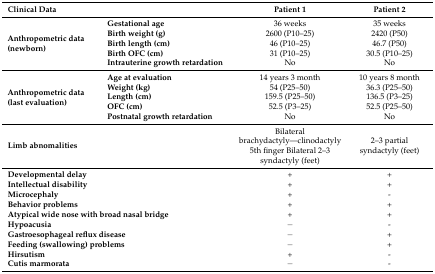
<table><thead><tr><td colspan="2"><b>Clinical Data</b></td><td><b>Patient 1</b></td><td><b>Patient 2</b></td></tr></thead><tbody><tr><td rowspan="5"><b>Anthropometric data (newborn)</b></td><td><b>Gestational age</b></td><td>36 weeks</td><td>35 weeks</td></tr><tr><td><b>Birth weight (g)</b></td><td>2600 (P10–25)</td><td>2420 (P50)</td></tr><tr><td><b>Birth length (cm)</b></td><td>46 (P10–25)</td><td>46.7 (P50)</td></tr><tr><td><b>Birth OFC (cm)</b></td><td>31 (P10–25)</td><td>30.5 (P10–25)</td></tr><tr><td><b>Intrauterine growth retardation</b></td><td>No</td><td>No</td></tr><tr><td rowspan="5"><b>Anthropometric data (last evaluation)</b></td><td><b>Age at evaluation</b></td><td>14 years 3 month</td><td>10 years 8 month</td></tr><tr><td><b>Weight (kg)</b></td><td>54 (P25–50)</td><td>36.3 (P25–50)</td></tr><tr><td><b>Length (cm)</b></td><td>159.5 (P25–50)</td><td>136.5 (P3–25)</td></tr><tr><td><b>OFC (cm)</b></td><td>52.5 (P3–25)</td><td>52.5 (P25–50)</td></tr><tr><td><b>Postnatal growth retardation</b></td><td>No</td><td>No</td></tr><tr><td colspan="2"><b>Limb abnomalities</b></td><td>Bilateral brachydactyly—clinodactyly 5th finger Bilateral 2–3 syndactyly (feet)</td><td>2–3 partial syndactyly (feet)</td></tr><tr><td colspan="2"><b>Developmental delay</b></td><td>+</td><td>+</td></tr><tr><td colspan="2"><b>Intellectual disability</b></td><td>+</td><td>+</td></tr><tr><td colspan="2"><b>Microcephaly</b></td><td>+</td><td>-</td></tr><tr><td colspan="2"><b>Behavior problems</b></td><td>+</td><td>+</td></tr><tr><td colspan="2"><b>Atypical wide nose with broad nasal bridge</b></td><td>+</td><td>+</td></tr><tr><td colspan="2"><b>Hypoacusia</b></td><td>−</td><td>-</td></tr><tr><td colspan="2"><b>Gastroesophageal reflux disease</b></td><td>−</td><td>+</td></tr><tr><td colspan="2"><b>Feeding (swallowing) problems</b></td><td>−</td><td>+</td></tr><tr><td colspan="2"><b>Hirsutism</b></td><td>+</td><td>-</td></tr><tr><td colspan="2"><b>Cutis marmorata</b></td><td>−</td><td>-</td></tr></tbody></table>